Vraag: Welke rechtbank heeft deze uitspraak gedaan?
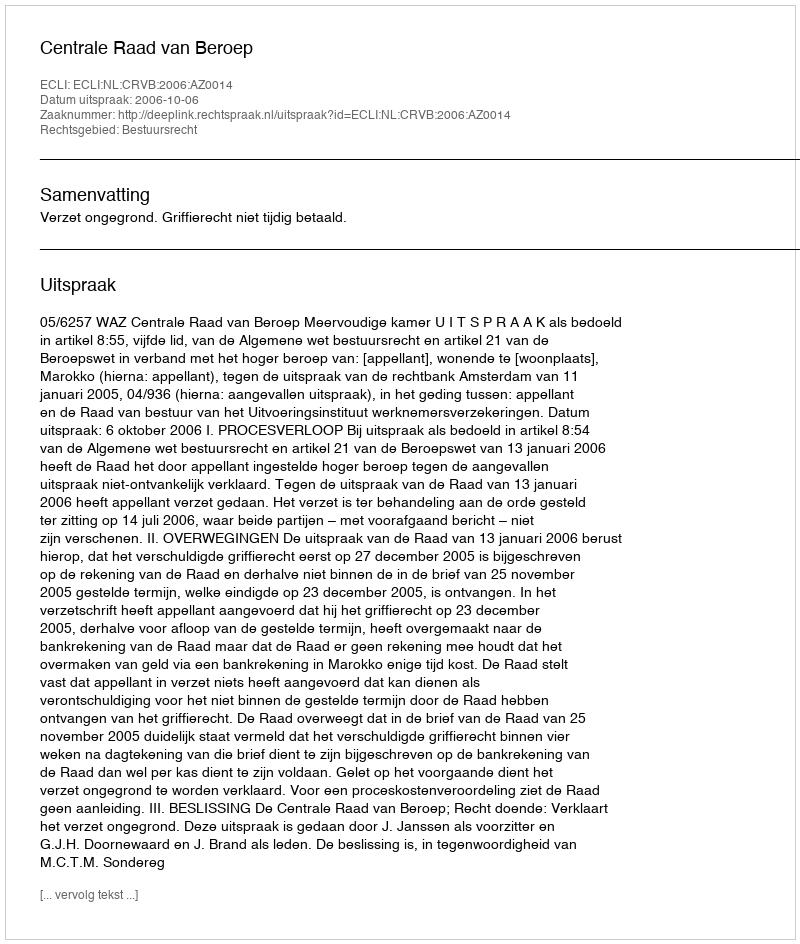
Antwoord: Centrale Raad van Beroep